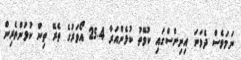
ނަމަވެސް ދެވަނަ އިނިންސްގައި ކުވޭތު ކުޅެންއަރާ 25.4 އޯވަރުގެ ތެރޭ ތިން ކުޅުންތެރިން